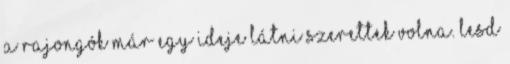
a rajongók már egy ideje látni szerettek volna. Lesd